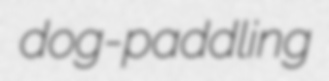
dog-paddling